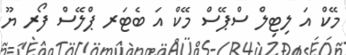
މޭކް އަ ލިޓިލް ސްޕޭސް މޭކް އަ ބެޓަރ ޕްލޭސް ފޯރ ޔޫ